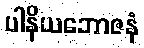
ပါနိယဘောဇနံ